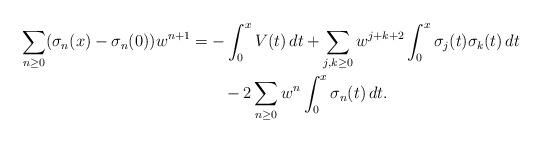
LaTeX: \begin{align*}\sum_{n\ge 0} (\sigma_n(x)-\sigma_n(0))w^{n+1} & = -\int_0^x V(t)\, dt + \sum_{j,k\ge 0} w^{j+k+2}\int_0^x \sigma_j(t)\sigma_k(t)\, dt \\& \quad\quad- 2 \sum_{n\ge 0} w^n \int_0^x \sigma_n(t)\, dt .\end{align*}